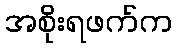
အစိုးရဖက်က